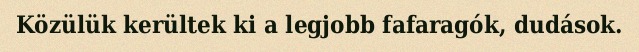
Közülük kerültek ki a legjobb fafaragók, dudások.